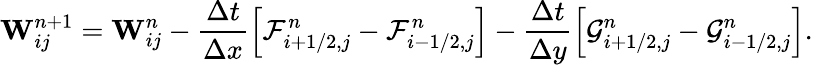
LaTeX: \mathbf{W}_{ij}^{n+1}=\mathbf{W}_{ij}^{n}-\frac{\Delta t}{\Delta x}\left[\mathcal{F}_{i+1/2,j}^{n}-\mathcal{F}_{i-1/2,j}^{n}\right]-\frac{\Delta t}{\Delta y}\left[\mathcal{G}_{i+1/2,j}^{n}-\mathcal{G}_{i-1/2,j}^{n}\right].